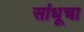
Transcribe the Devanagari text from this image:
सांधूचा